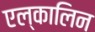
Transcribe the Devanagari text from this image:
एल्कालिन